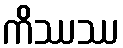
ကိဿဿ